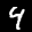
Digit: 4